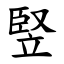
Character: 竪